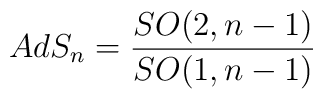
AdS_n=\frac{SO(2,n-1)}{SO(1,n-1)}